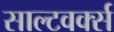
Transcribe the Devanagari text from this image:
साल्टवर्क्स